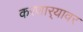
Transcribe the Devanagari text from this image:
करणार्‍यावर